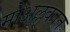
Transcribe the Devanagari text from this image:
मोअल्लकात